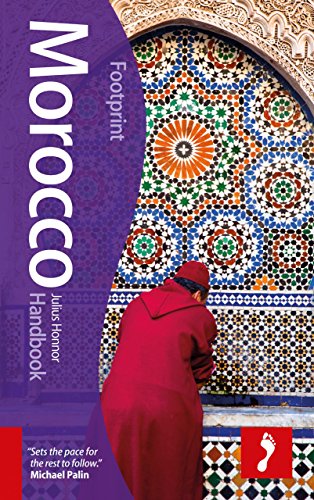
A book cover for Morocco Handbook (Footprint - Handbooks); Julius Honnor; Travel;